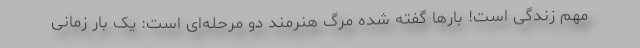
مهم زندگی است! بارها گفته شده مرگ هنرمند دو مرحله‌ای است: یک بار زمانی